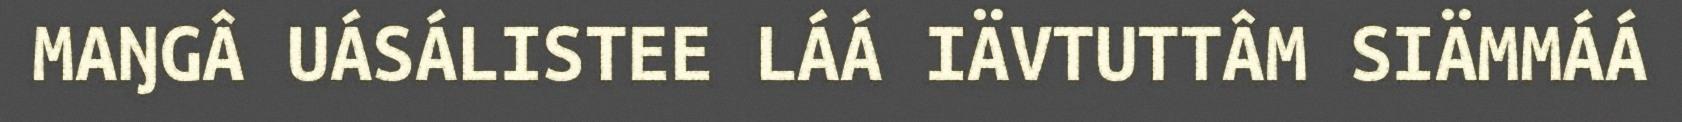
MAŊGÂ UÁSÁLISTEE LÁÁ IÄVTUTTÂM SIÄMMÁÁ